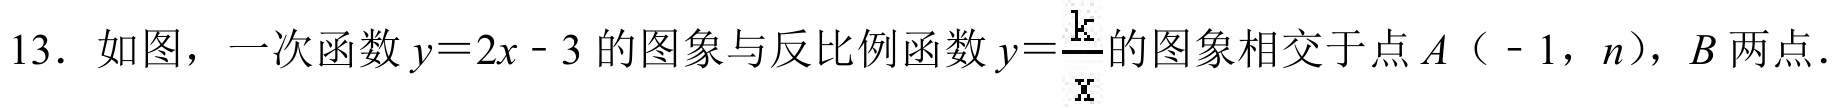
13. 如图，一次函数\(y = 2x - 3\)的图象与反比例函数\(y=\frac{k}{x}\)的图象相交于点\(A（ - 1,n）\)，\(B\)两点.